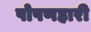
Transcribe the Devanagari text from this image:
पोषणहारी